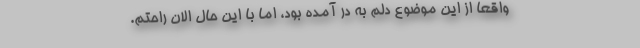
واقعا از این موضوع دلم به در آمده بود، اما با این حال الان راحتم.